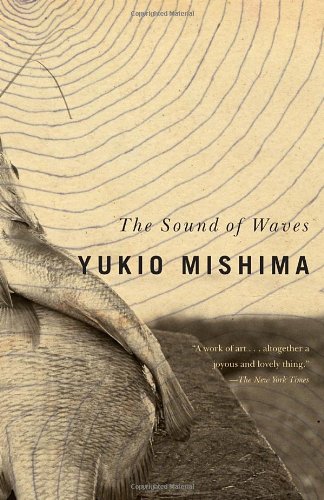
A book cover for The Sound of Waves; Yukio Mishima; Literature & Fiction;